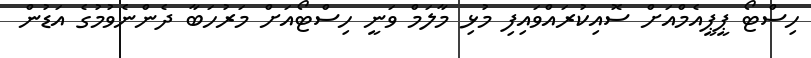
ހިސްޓޯ ޕީޕީއެމްއަށް ސޮއިކުރައްވައިފި މުޅި މާލަމް ވަނީ ހިސްޓޯއަށް މަރުހަބާ ދެންނެވުމުގެ އަޑުން